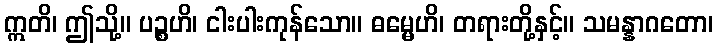
ဣတိ၊ ဤသို့။ ပဉ္စဟိ၊ ငါးပါးကုန်သော။ ဓမ္မေဟိ၊ တရားတို့နှင့်။ သမန္နာဂတော၊